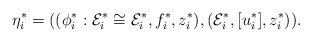
\begin{align*}\eta^*_i=((\phi^*_i:\mathcal{E}_i^*\cong \mathcal{E}^*_i,f^*_i, z^*_i),(\mathcal{E}^*_{i},[u^*_i],z^*_i)).\end{align*}